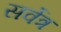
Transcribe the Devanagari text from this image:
सर्वेत्र